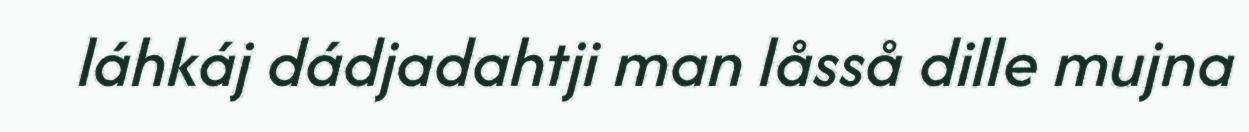
láhkáj dádjadahtji man låsså dille mujna